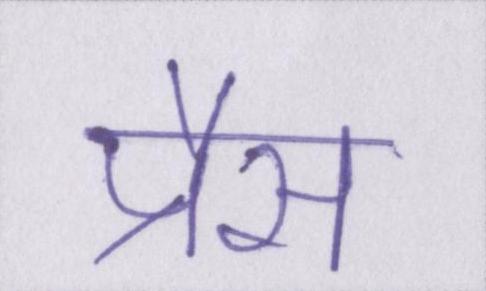
प्रैस